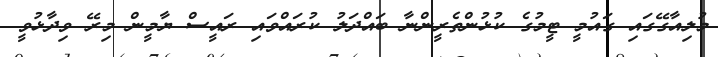
މުލިއާގޭގައި ގައުމީ ޓީމުގެ ކުޅުންތެރީންނާ ބައްދަލު ކުރައްވައި ރައީސް ޔާމީން މިރޭ ވިދާޅުވީ